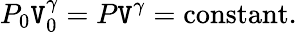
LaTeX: P_{0}\mathtt{V}_{0}^{\gamma}=P\mathtt{V}^{\gamma}=\operatorname{constant}.